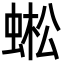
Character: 蜙